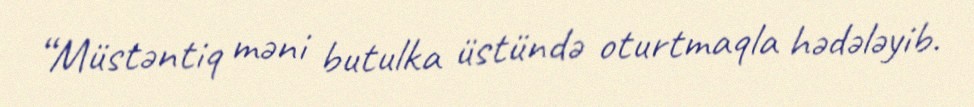
“Müstəntiq məni butulka üstündə oturtmaqla hədələyib.